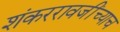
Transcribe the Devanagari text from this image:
शंकररावजींच्याच